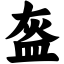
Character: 盔